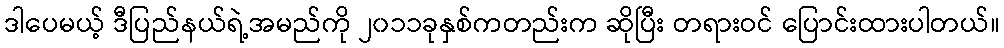
ဒါပေမယ့် ဒီပြည်နယ်ရဲ့အမည်ကို ၂၀၁၁ခုနှစ်ကတည်းက ဆိုပြီး တရားဝင် ပြောင်းထားပါတယ်။